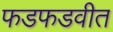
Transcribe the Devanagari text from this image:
फडफडवीत